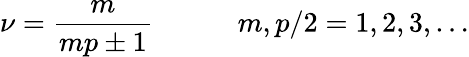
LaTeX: \nu=\frac{m}{mp\pm 1}\qquad\quad m,p/2=1,2,3,\ldots